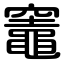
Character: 竈